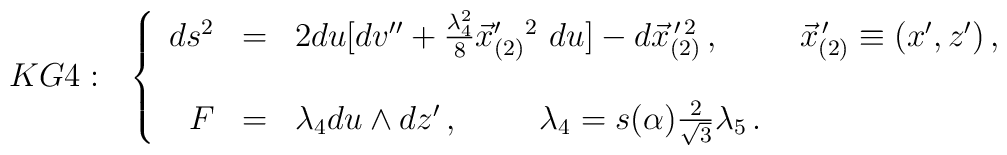
KG4: \,\,\,\,\left\{  \begin{array}{rcl}ds^{2} & = & 2du[dv^{\prime\prime} +\frac{\lambda_{4}^{2}}{8}\vec{x}_{(2)}^{\prime}{}^{2}\ du]-d\vec{x}_{(2)}^{\, \prime\,2}\, ,\hspace{1cm}\vec{x}_{(2)}^{\, \prime}\equiv (x^{\prime},z^{\prime})\, ,\\& & \\F & = & \lambda_{4}du\land dz^{\prime}\, ,\hspace{1cm}\lambda_{4}=s(\alpha)\frac{2}{\sqrt{3}}\lambda_{5}\, .\\  \end{array}\right.